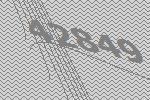
42849